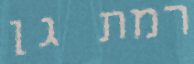
רמת גן